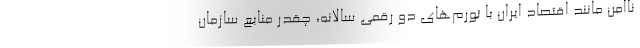
ناامن مانند اقتصاد ایران با تورم‌های دو رقمی سالانه، چقدر منابع سازمان